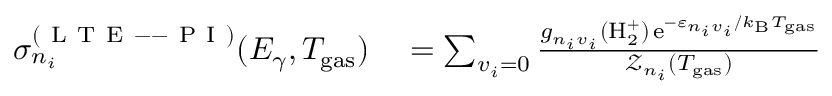
\begin{array} { r l } { \sigma _ { n _ { i } } ^ { ( \mathrm { ~ L ~ T ~ E ~ -- ~ P ~ I ~ } ) } ( E _ { \gamma } , T _ { \mathrm { g a s } } ) } & { { } = \sum _ { v _ { i } = 0 } \frac { g _ { n _ { i } v _ { i } } ( \mathrm { H } _ { 2 } ^ { + } ) \, \mathrm { e } ^ { - \varepsilon _ { n _ { i } v _ { i } } / k _ { \mathrm { B } } T _ { \mathrm { g a s } } } } { \mathcal { Z } _ { n _ { i } } ( T _ { \mathrm { g a s } } ) } } \end{array}